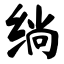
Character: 绱